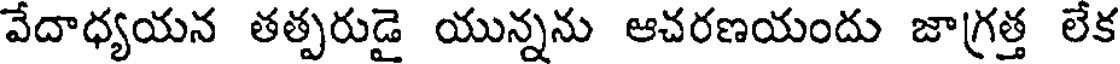
వేదాధ్యయన తత్పరుడై యున్నను ఆచరణయందు జాగ్రత్త లేక